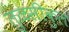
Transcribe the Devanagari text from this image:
तुळसीकुल